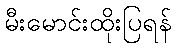
မီးမောင်းထိုးပြရန်